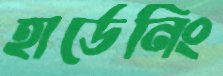
হার্ডেনিং